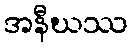
အနီဃဿ